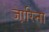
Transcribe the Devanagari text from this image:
जा़रिना